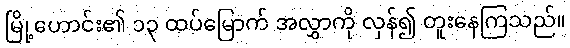
မြို့ဟောင်း၏ ၁၃ ထပ်မြောက် အလွှာကို လှန်၍ တူးနေကြသည်။